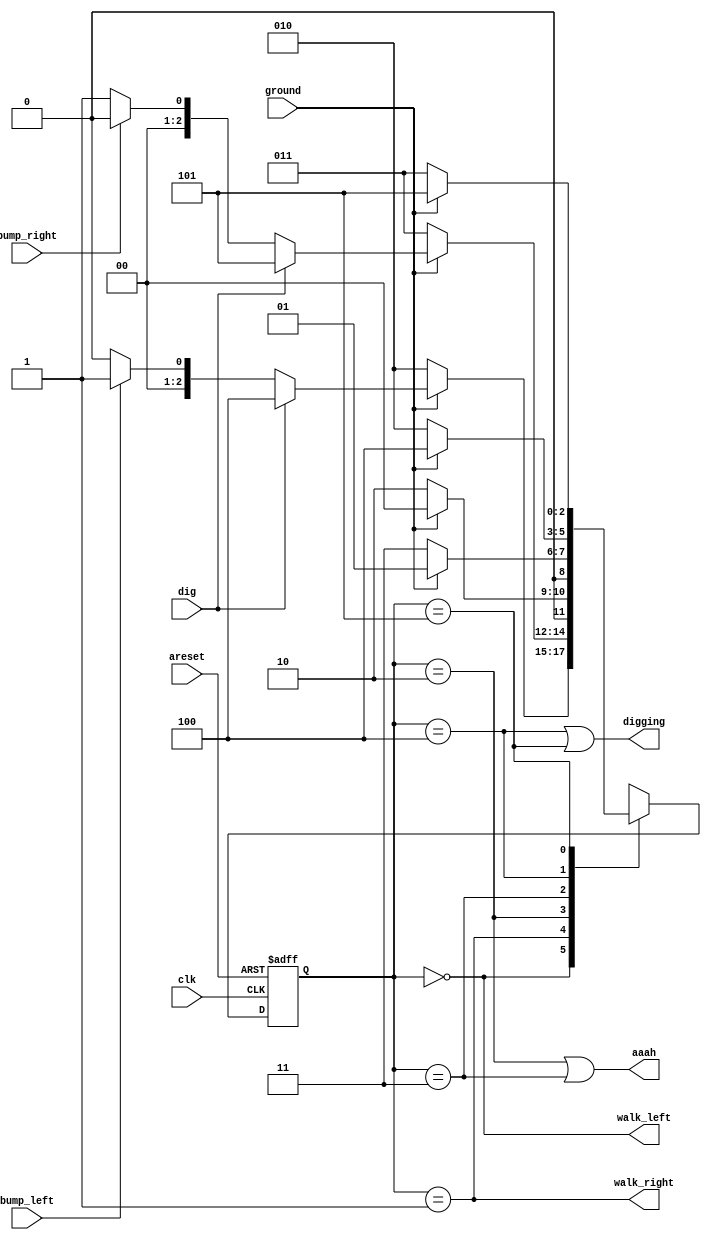
module top_module(
    input clk,
    input areset,    // Freshly brainwashed Lemmings walk left.
    input bump_left,
    input bump_right,
    input ground,
    input dig,
    output walk_left,
    output walk_right,
    output aaah,
    output digging ); 

    parameter [2:0] left = 3'd0, right = 3'd1, fall_l = 3'd2, fall_r = 3'd3, dig_l = 3'd4, dig_r = 3'd5;
    reg [2:0] state, nextstate;
    
    always @(*) begin
        case (state)
            left: nextstate = (~ground) ? fall_l : ( (dig) ? dig_l : ( (bump_left) ? right : left ) );
            right: nextstate = (~ground) ? fall_r : ( (dig) ? dig_r : ( (bump_right) ? left : right ) );
            fall_l: nextstate = (~ground) ? fall_l : left;
            fall_r: nextstate = (~ground) ? fall_r : right;
            dig_l: nextstate = (~ground) ? fall_l : dig_l;
            dig_r: nextstate = (~ground) ? fall_r : dig_r;
            default: nextstate = 3'bxxx;
        endcase
    end
    
    always @(posedge clk, posedge areset) begin
        if (areset) state <= left;
        else state <= nextstate;
    end
    
    assign walk_left = (state == left);
    assign walk_right = (state == right);
    assign aaah = (state == fall_l | state == fall_r);
    assign digging = (state == dig_l | state == dig_r);
    
endmodule